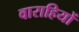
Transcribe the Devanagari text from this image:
वाराहियों